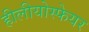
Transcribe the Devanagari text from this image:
हीलीयोस्फेयर